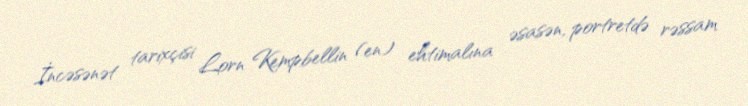
İncəsənət tarixçisi Lorn Kempbellin (en) ehtimalına əsasən, portretdə rəssam